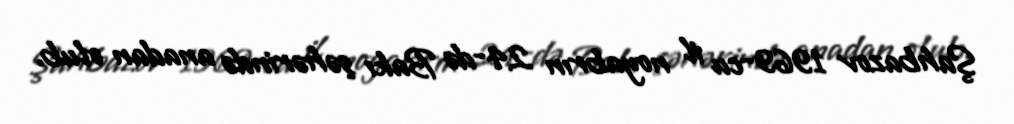
Şahbazov 1969-cu il noyabrın 24-də Bakı şəhərində anadan olub.